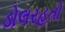
ડોલરહતો